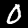
Digit: 0